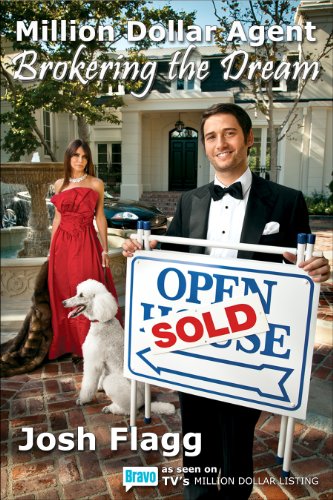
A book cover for Million Dollar Agent: Brokering the Dream; Josh Flagg; Business & Money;